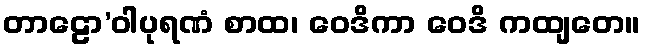
တာဠော’ဝါပုရဏံ စာထ၊ ဝေဒိကာ ဝေဒိ ကထျတေ။